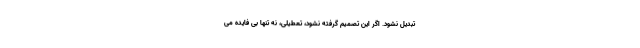
تبدیل نشود. اگر این تصمیم گرفته نشود، تعطیلی، نه تنها بی فایده می